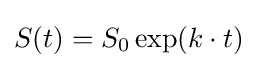
S(t)=S_{0}\exp(k\cdot t)